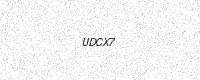
Text: UDCX7